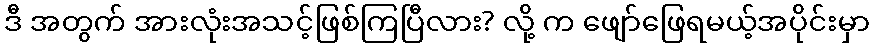
ဒီ အတွက် အားလုံးအသင့်ဖြစ်ကြပြီလား? လို့ က ဖျော်ဖြေရမယ့်အပိုင်းမှာ